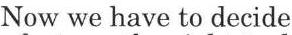
Now we have to decide